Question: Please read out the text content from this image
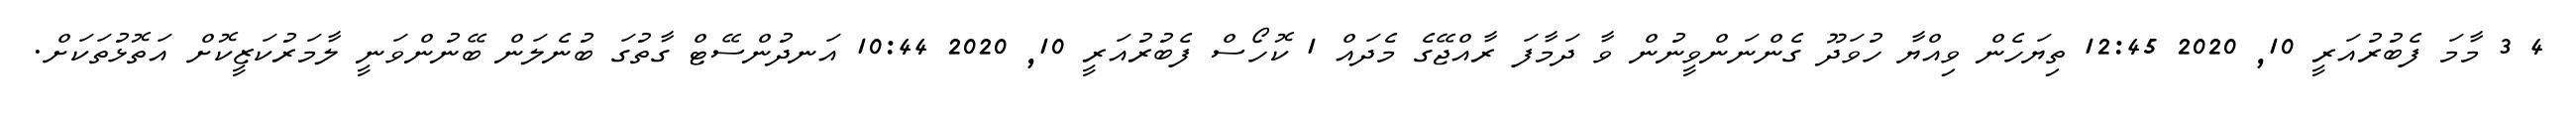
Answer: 4 3 މާމަ ފެބުރުއަރީ 10, 2020 12:45 ތިޔަހެން ވިއްޔާ ހުވަދޫ ގެންނަންވީނުން ވާ ދަމާފަ ރާއްޖޭގެ މެދައް 1 ކޮހޯސް ފެބުރުއަރީ 10, 2020 10:44 އަނދުންސޭޓް ގާތުގަ ބުނެލަން ބޭނުންވަނީ ލާމަރުކަޒީކޮށް އަތޮޅުތަކަށް.